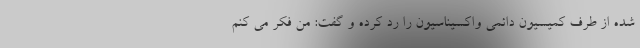
شده از طرف کمیسیون دائمی واکسیناسیون را رد کرده و گفت: من فکر می کنم